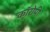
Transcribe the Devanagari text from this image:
कॉरोपी